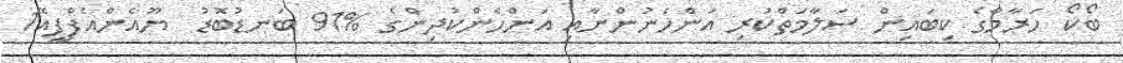
ބޯކޯ ހަރާމްގެ ކިބައިން ސަލާމަތްކުރި އަންހެނުންނާއި އަންހެންކުދިންގެ %91 ބަނޑުބޮޑު  ޔޫއެންއެފްޕީއޭ1